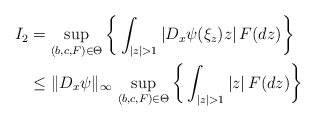
\begin{align*} I_2 &= \sup_{(b,c,F) \in \Theta} \bigg\{\int_{|z|>1} |D_x\psi(\xi_z) z| \, F(dz) \bigg\} \\ & \leq \|D_{x}\psi\|_\infty \, \sup_{(b,c,F) \in \Theta} \bigg\{\int_{|z|> 1} |z| \, F(dz)\bigg\} \end{align*}